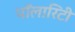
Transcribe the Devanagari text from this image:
पॉलारिटी